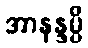
အာနန္ဒမ္ပိ